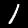
Digit: 1